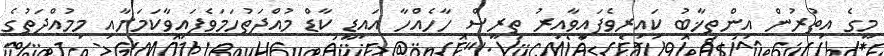
މީގެ އިތުރުން އިންތިޚާބު ކައިރިވެފައިވާއިރު ތިރީސް ހާހެއްހާ އައިޑީ ކާޑް މުއްދަތުހަމަވެފައިވާކަމަށާއި މިމުއްދަތުގެ